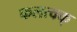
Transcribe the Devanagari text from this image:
फलत्वक्